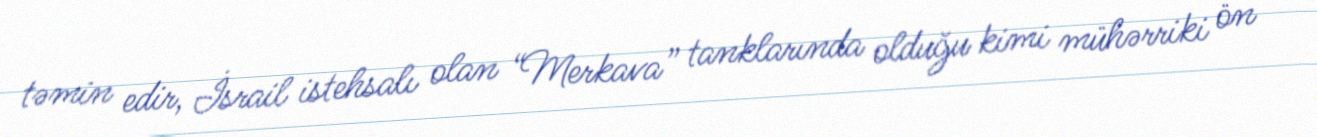
təmin edir, İsrail istehsalı olan “Merkava” tanklarında olduğu kimi mühərriki ön